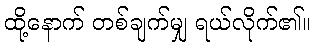
ထို့နောက် တစ်ချက်မျှ ရယ်လိုက်၏။